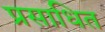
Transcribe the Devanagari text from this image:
प्रसाधित